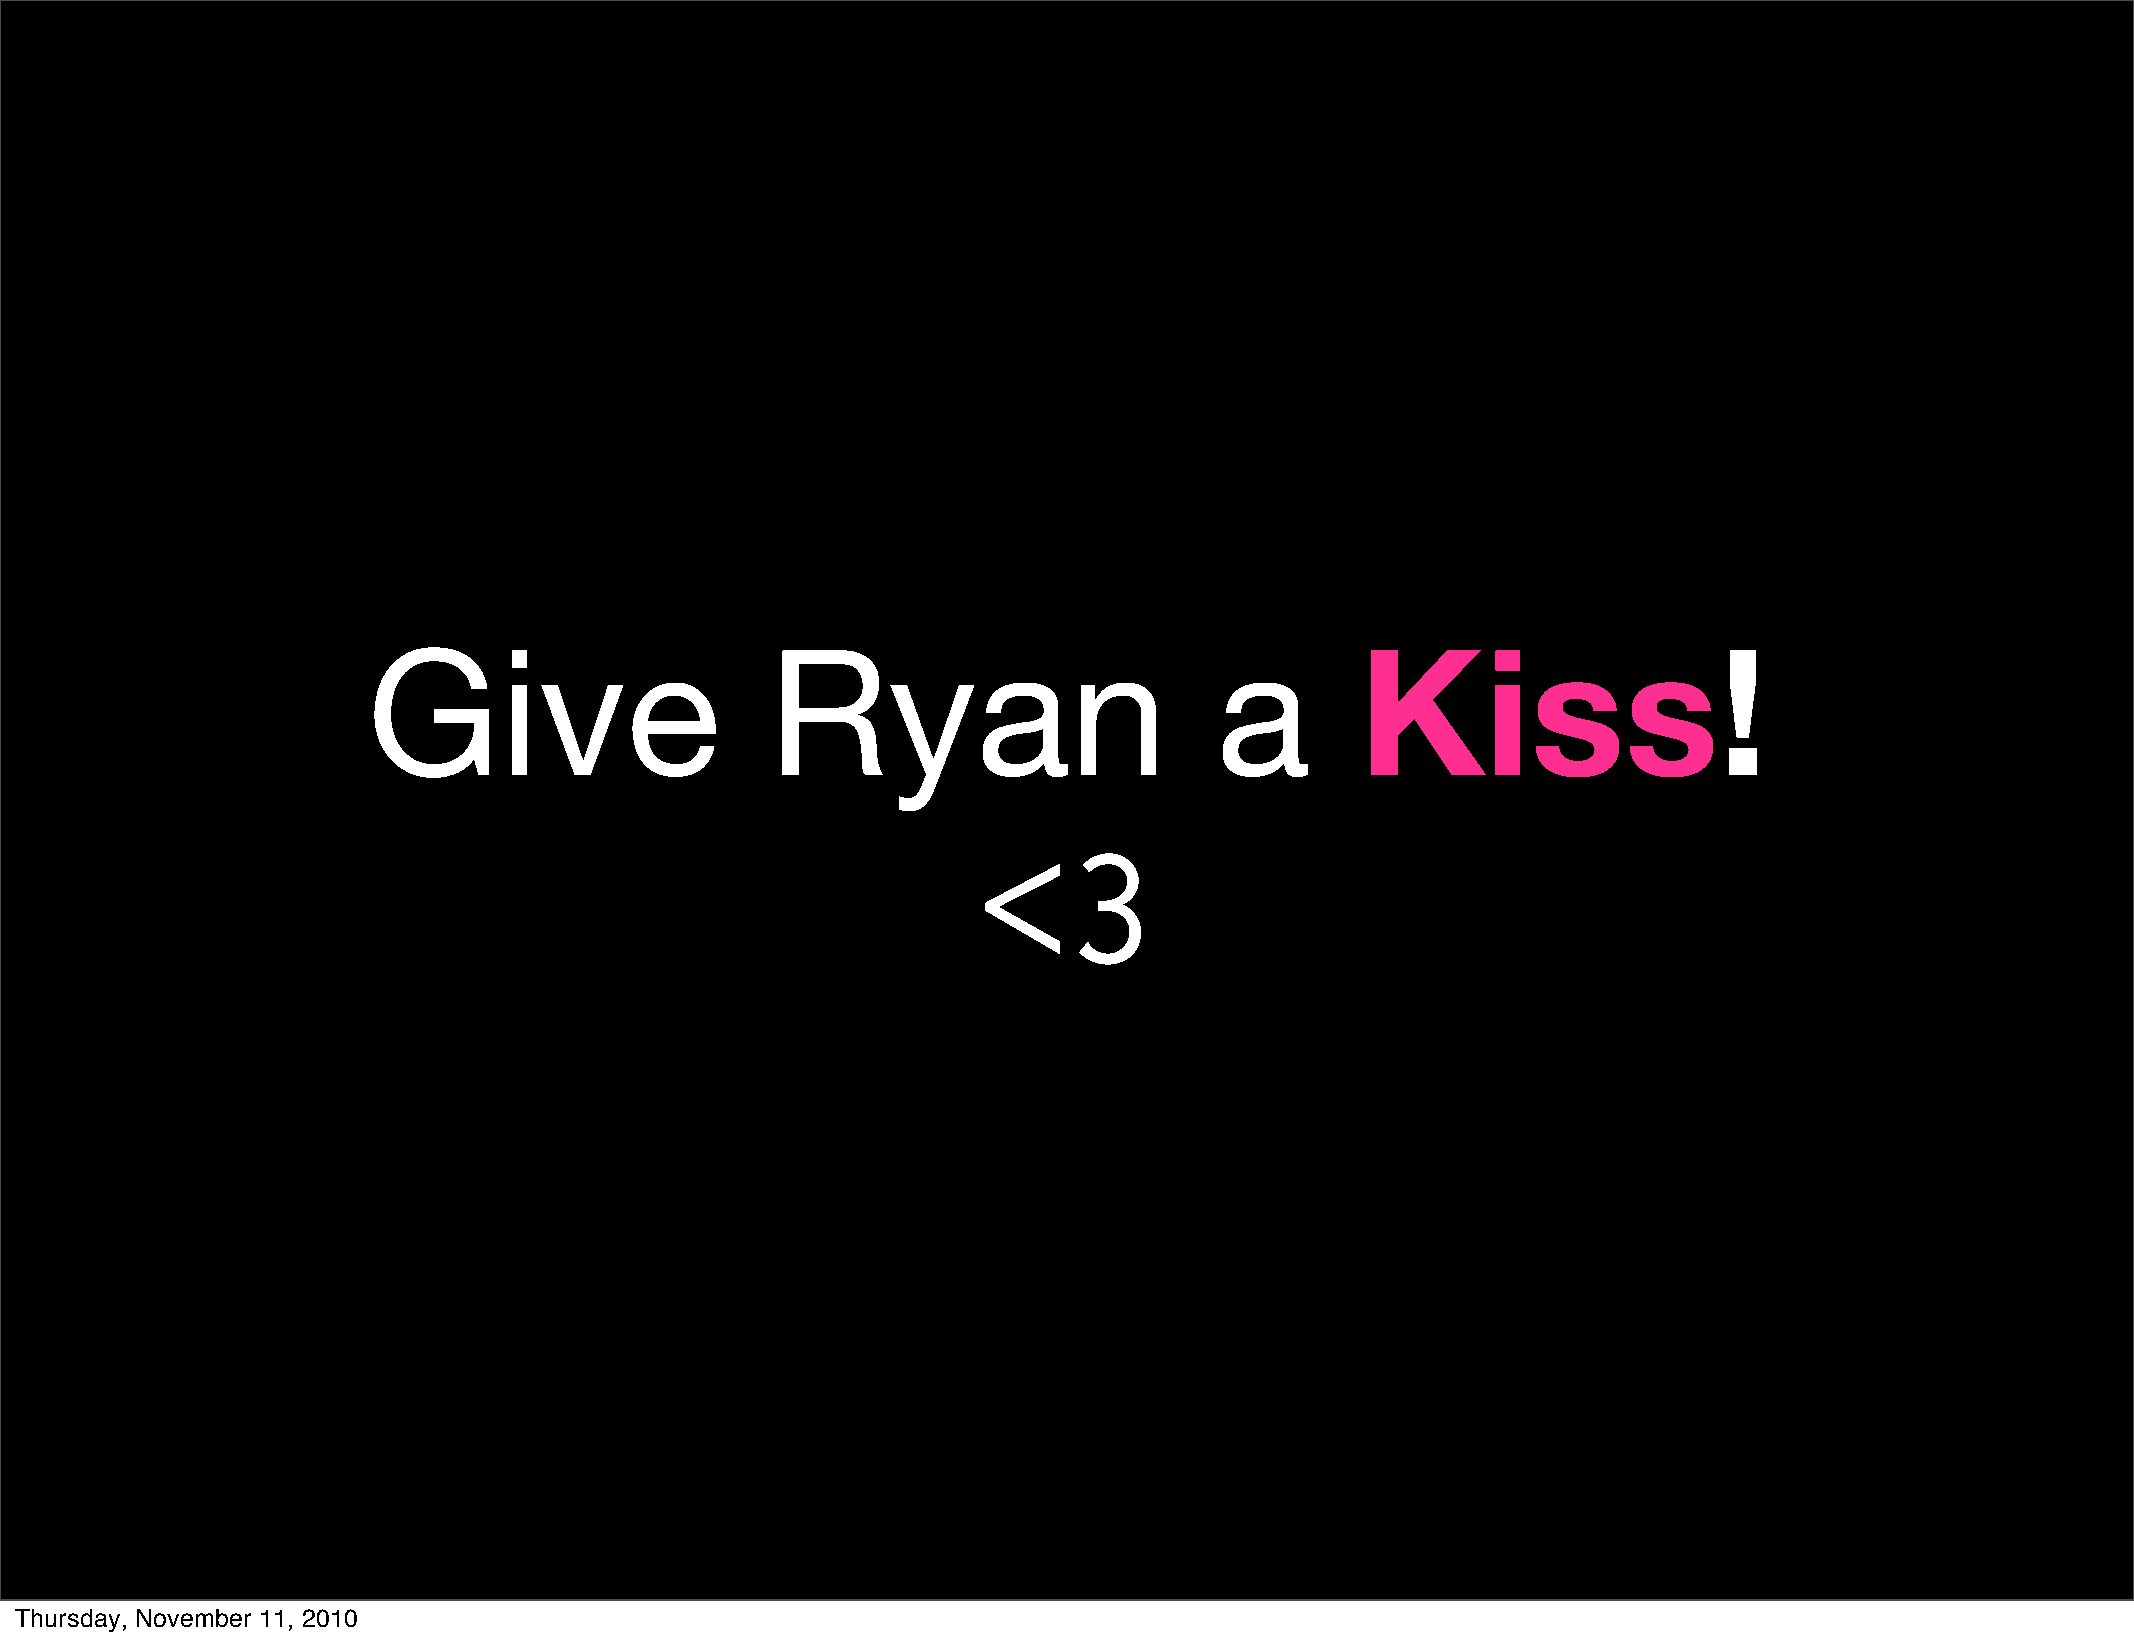
Give                       Ryan                         a         Kiss!
 <3
 Thursday, November 11, 2010